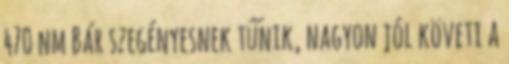
470 nm Bár szegényesnek tűnik, nagyon jól követi a